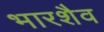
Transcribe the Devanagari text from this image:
भारशैव